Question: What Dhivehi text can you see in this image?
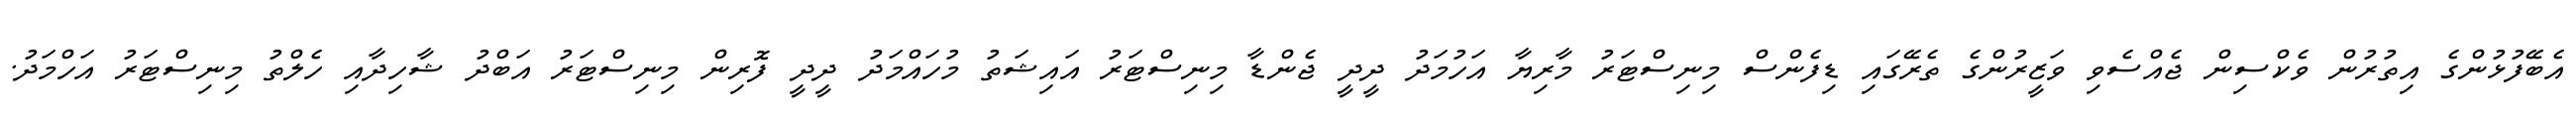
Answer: އެބޭފުޅުންގެ އިތުރުން ވެކްސިން ޖެއްސެވި ވަޒީރުންގެ ތެރޭގައި ޑިފެންސް މިނިސްޓަރު މާރިޔާ އަހުމަދު ދީދީ ޖެންޑާ މިނިސްޓަރު އައިޝަތު މުހައްމަދު ދީދީ ފޮރިން މިނިސްޓަރު އަބްދު ޝާހިދާއި ހެލްތު މިނިސްޓަރު އަހްމަދު.